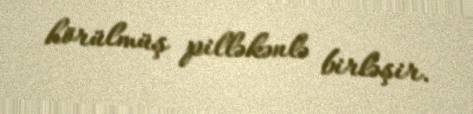
hörülmüş pilləkənlə birləşir.